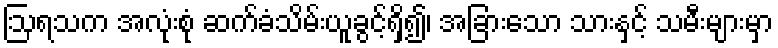
ဩရသက အလုံးစုံ ဆက်ခံသိမ်းယူခွင့်ရှိ၍၊ အခြားသော သားနှင့် သမီးများမှာ